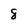
Character: 8